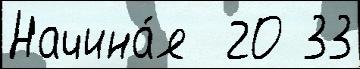
Начина́я  20 33